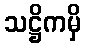
သဋ္ဌိကမှိ